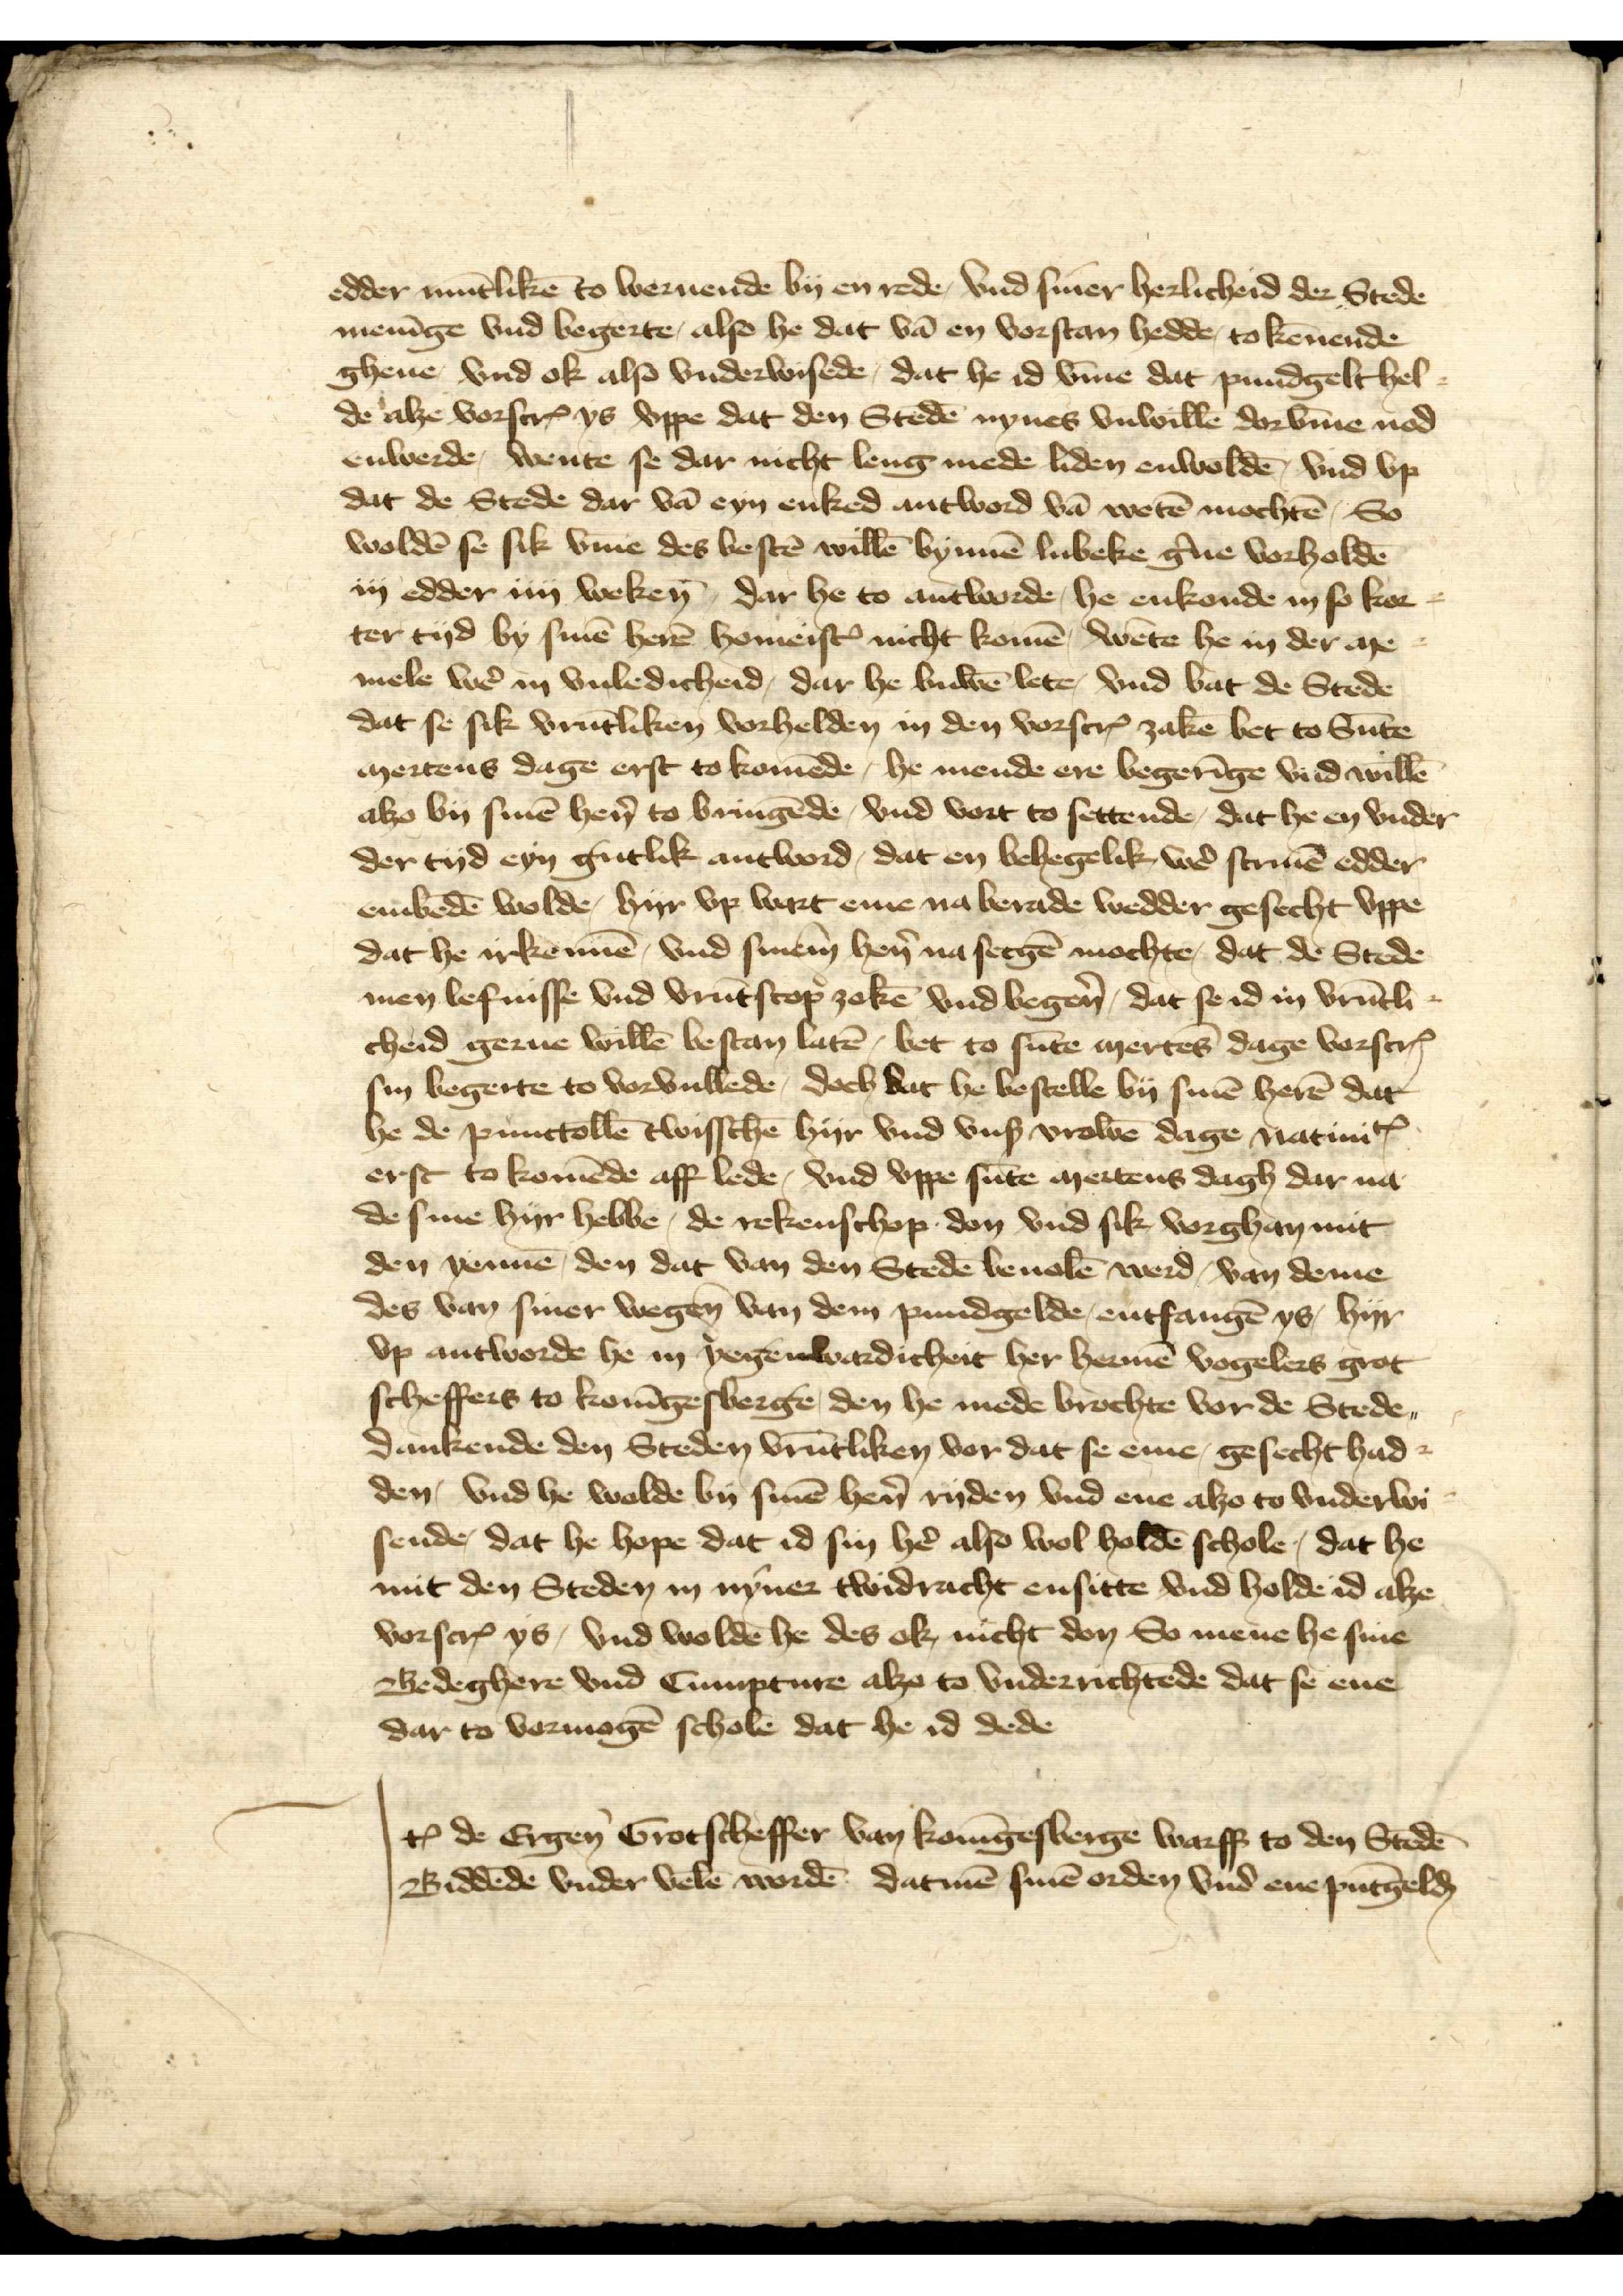
edder mūtlikē to wernende by en rede, vnd siner herlicheid der Stede
menīge vnd begerte, also he dat vā vorstand hedde to kēnende
gheue vnd ok also vnderwisede, dat he id v̄me dat pundgelt hel¬
de alze vorscrꝬ ys vppe dat den Stedē nynes vulwillē dorv̄me nod
enwerde, wente se dar nicht leng mede liden enwoldē, vnd vp¬
dat de Stede dar vā eyn enked antword vā wetē mochtē, So¬
wolden se sik v̄me des bestē willē bynnē lubeke g̉ne vorholdē¬
iij edder iiij weken, dar he to antworde, he enkonde in so kor¬
ter tyd by sinē herē homeistꝬ nicht komē, wēte he in der me¬
mele wẻ in vuledicheid, dar he buwē, leten, vnd bat de Stede
dat se sik vrūtliken vorhelden in den vorscrꝬ zaken bet to Sūte
mertens dage erst to komēde, he mende ere begerīge vnd willē
alzo by sinē hẻn to bringēde, vnd vort to settende, dat he en vnder
der tyd eyn gutlik antword, dat en behegelik wẻ scriuē edder
embedē wolde, hyr vp wart eme na berade wedder gesecht vppe
dat he irkennē, vnd sinem hẻn na secgē mochte, dat de Stede
men lefnisse vnd vrūtscop zekē vnd begẻn, dat se id in vrūtli¬
cheid gerne willē bestand latē, bet to sūte mertēs dage vorscrꝬ
sin begerte to vorullende, doch dat he bestelle by sinē herē dat
he de punttollē twisschē hyr vnd vnß vrowē dage natiniꝷ
erst to komēde aff lede, vnd vppe sūte mertens dagh dar na¬
de sine hyr hebbe, de rekenschop don vnd sik vorghan mit
den yenne, den dat van den Stedē bevolē werd, van deme
des van siner wegen van dem pundgelde, entfangē ys, hyr
vp antworde he in yegenwardicheit her Hermē Vogelers grot
scheffers to Konīgesberge, den he mede brochte vor de Stede
dankende den Steden vrūtliken vor dat se eme, gesecht had
den, vnd he wolde by sinē hẻn ryden vnd ene alzo to vnderwi¬
sende, dat he hope dat id sin hẻ also wol holdē schole, dat he
mit den Steden in nyner twidrachte ensitte vnd holde id alze
vorscrꝬ ys, vnd wolden he des ok, nicht don So mene he sine
Bedeghere vnd Cumpture alzo to vnderrichtēde dat se ene
dar to vermogē scholen dat he id dede

Jꝷ de Ergen̄ Grotscheffer van Konīgesberge warff to den Stedē
Biddēde vnder velē wordē datmē sinē orden vnd ene pūtgelḑ